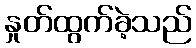
နှုတ်ထွက်ခဲ့သည်